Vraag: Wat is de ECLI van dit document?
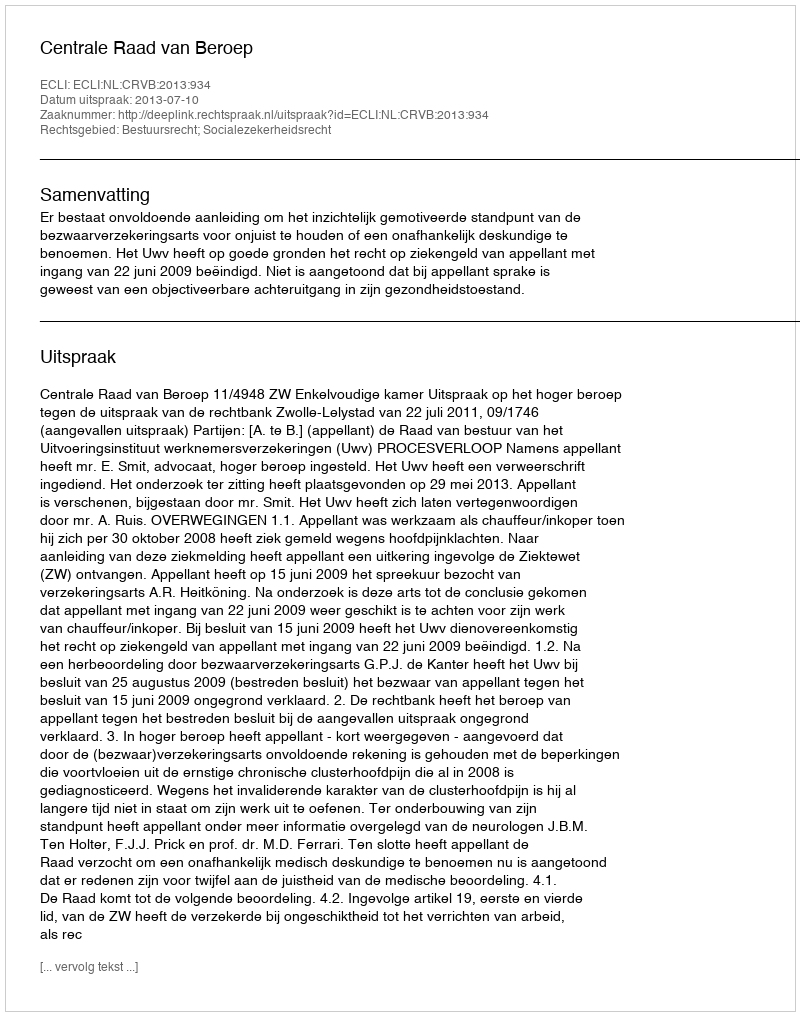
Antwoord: ECLI:NL:CRVB:2013:934